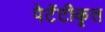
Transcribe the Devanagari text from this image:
पेटेंटीकृत